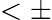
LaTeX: <\pm